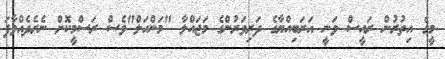
މީގެ އިތުރުން ރައީސް ވަނީ އަރަބިއްޔާގެ ދަރިވަރުންގެ މަޖައްލާ "މަންހަލް"ވެސް ރަސްމީކޮށް ނެރެދެއްވާފަ